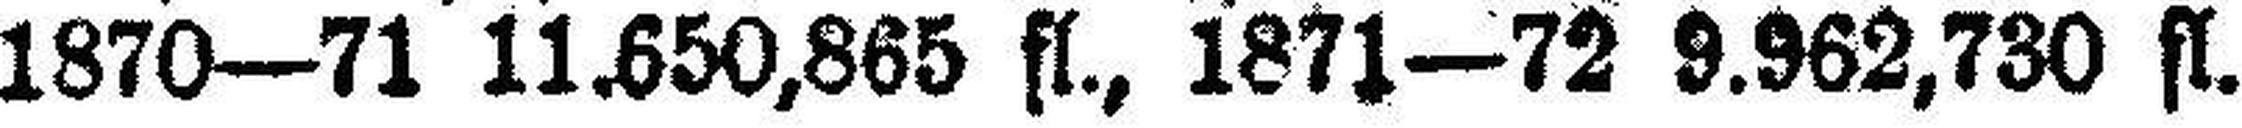
1870—71 11.650,865 fl., 1871—72 9.962,730 fl.